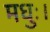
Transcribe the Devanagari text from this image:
मधुः।